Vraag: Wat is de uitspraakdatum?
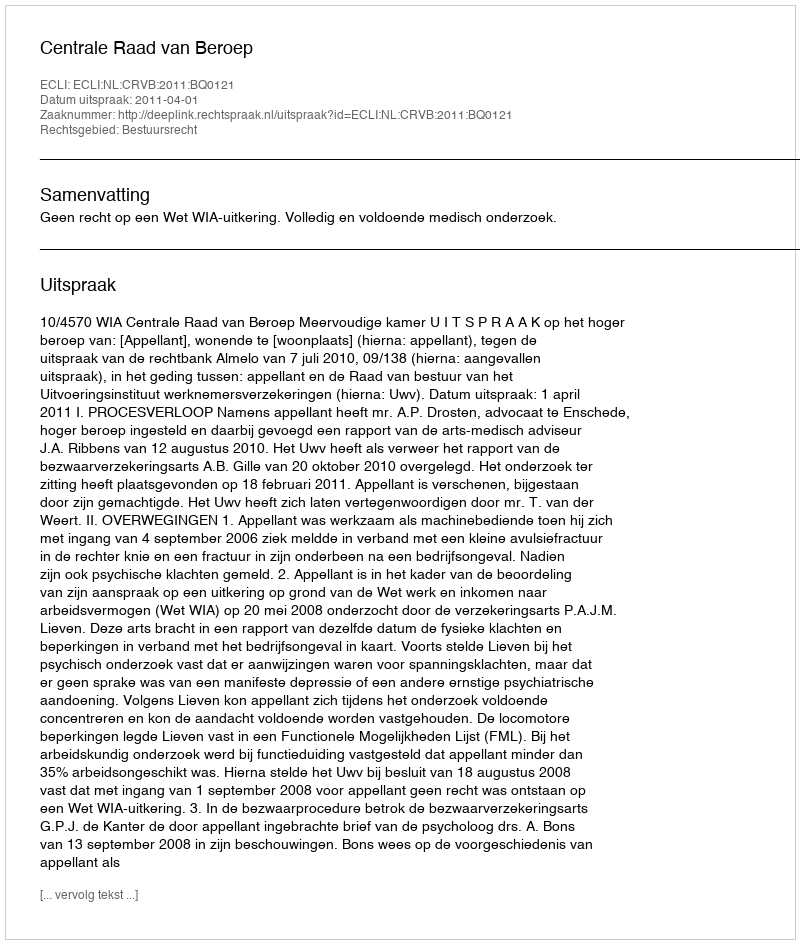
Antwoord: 2011-04-01